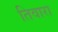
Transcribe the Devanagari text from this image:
तिवारा